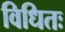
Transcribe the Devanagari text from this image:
विधितः